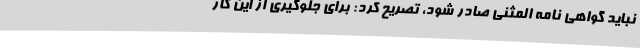
نباید گواهی نامه المثنی صادر شود، تصریح کرد: برای جلوگیری از این کار